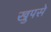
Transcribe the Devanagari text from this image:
खुपसे